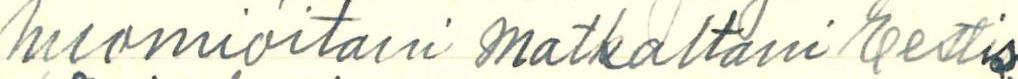
huomioitani matkaltani Eestis-